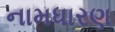
નામધારણ